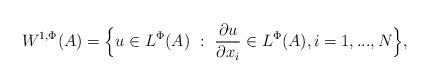
LaTeX: \begin{align*}W^{1, \Phi}(A) = \Big\{ u \in L^{\Phi}(A) \ :\ \frac{\partial u}{\partial x_{i}} \in L^{\Phi}(A), i = 1, ..., N\Big\},\end{align*}